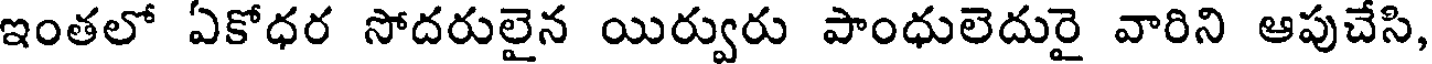
ఇంతలో ఏకోధర సోదరులైన యిర్వురు పాంధులెదురై వారిని ఆపుచేసి,